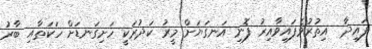
ފައިދާ  އިތުރުވެފައިވާއިރު ފޮނި އަނގަޔަށް މީރު ކަދުރަކީ ހަށިގަނޑަށް ހަކަތާއި ބާރު